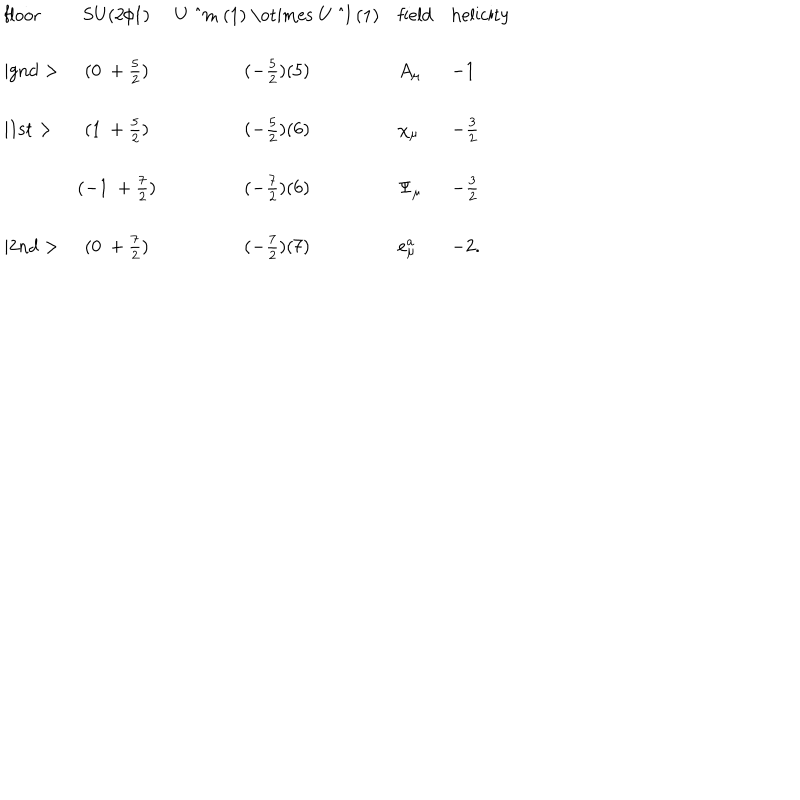
\begin{array} { l c c l l } { { \mathrm { f l o o r } } } & { { \mathrm { S U ( 2 / 1 ) } } } & { { \mathrm { U ~ ^ { m } ~ ( 1 ) ~ \otimes ~ U ~ ^ { l } ~ ( 1 ) } } } & { { \mathrm { f i e l d } } } & { { \mathrm { h e l i c i t y } } } \\ { { \mid \mathrm { g n d } > } } & { { ( 0 ~ + \frac { 5 } { 2 } ) } } & { { ( - \frac { 5 } { 2 } ) ( 5 ) } } & { { A _ { \mu } } } & { { - 1 } } \\ { { \mid \mathrm { 1 s t } > } } & { { ( 1 ~ + \frac { 5 } { 2 } ) } } & { { ( - \frac { 5 } { 2 } ) ( 6 ) } } & { { \chi _ { \mu } } } & { { - \frac { 3 } { 2 } } } \\ { { } } & { { ( - 1 ~ + \frac { 7 } { 2 } ) } } & { { ( - \frac { 7 } { 2 } ) ( 6 ) } } & { { \Psi _ { \mu } } } & { { - \frac { 3 } { 2 } } } \\ { { \mid \mathrm { 2 n d } > } } & { { ( 0 ~ + \frac { 7 } { 2 } ) } } & { { ( - \frac { 7 } { 2 } ) ( 7 ) } } & { { e _ { \mu } ^ { a } } } & { { - 2 . } } \\ \end{array}